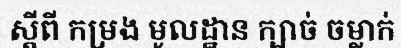
ស្តីពី កម្រង មូលដ្ឋាន ក្បាច់ ចម្លាក់